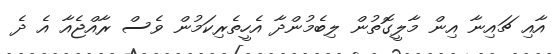
އާއި ޗައިނާ އިން މާލީގޮތުން ލިބެމުންދާ އެހީތެރިކަމުން ވެސް ރާއްޖެއާ އެ ދެ